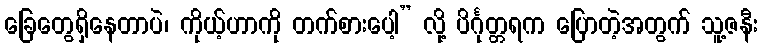
ခြေတွေရှိနေတာပဲ၊ ကိုယ့်ဟာကို တက်စားပေါ့” လို့ ပိင်္ဂုတ္တရက ပြောတဲ့အတွက် သူ့ဇနီး